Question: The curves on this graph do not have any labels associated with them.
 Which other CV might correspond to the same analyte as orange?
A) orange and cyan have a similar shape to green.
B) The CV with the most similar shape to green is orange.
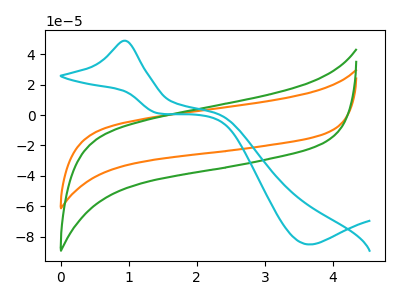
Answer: <think>The orange curve "orange" has no peaks. The green curve "green" has no peaks. The cyan curve "cyan" has an anodic peak at (0.95V, 48.80uA) and a cathodic peak at (3.65V, -85.05uA).
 Neither "orange" or "green" have any peaks. "orange" and "cyan" have a different number of peaks. "green" and "cyan" have a different number of peaks.</think>
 <answer>B) The CV with the most similar shape to "green" is "orange".</answer>
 <eval>B</eval>